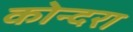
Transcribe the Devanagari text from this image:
कोन्दरा